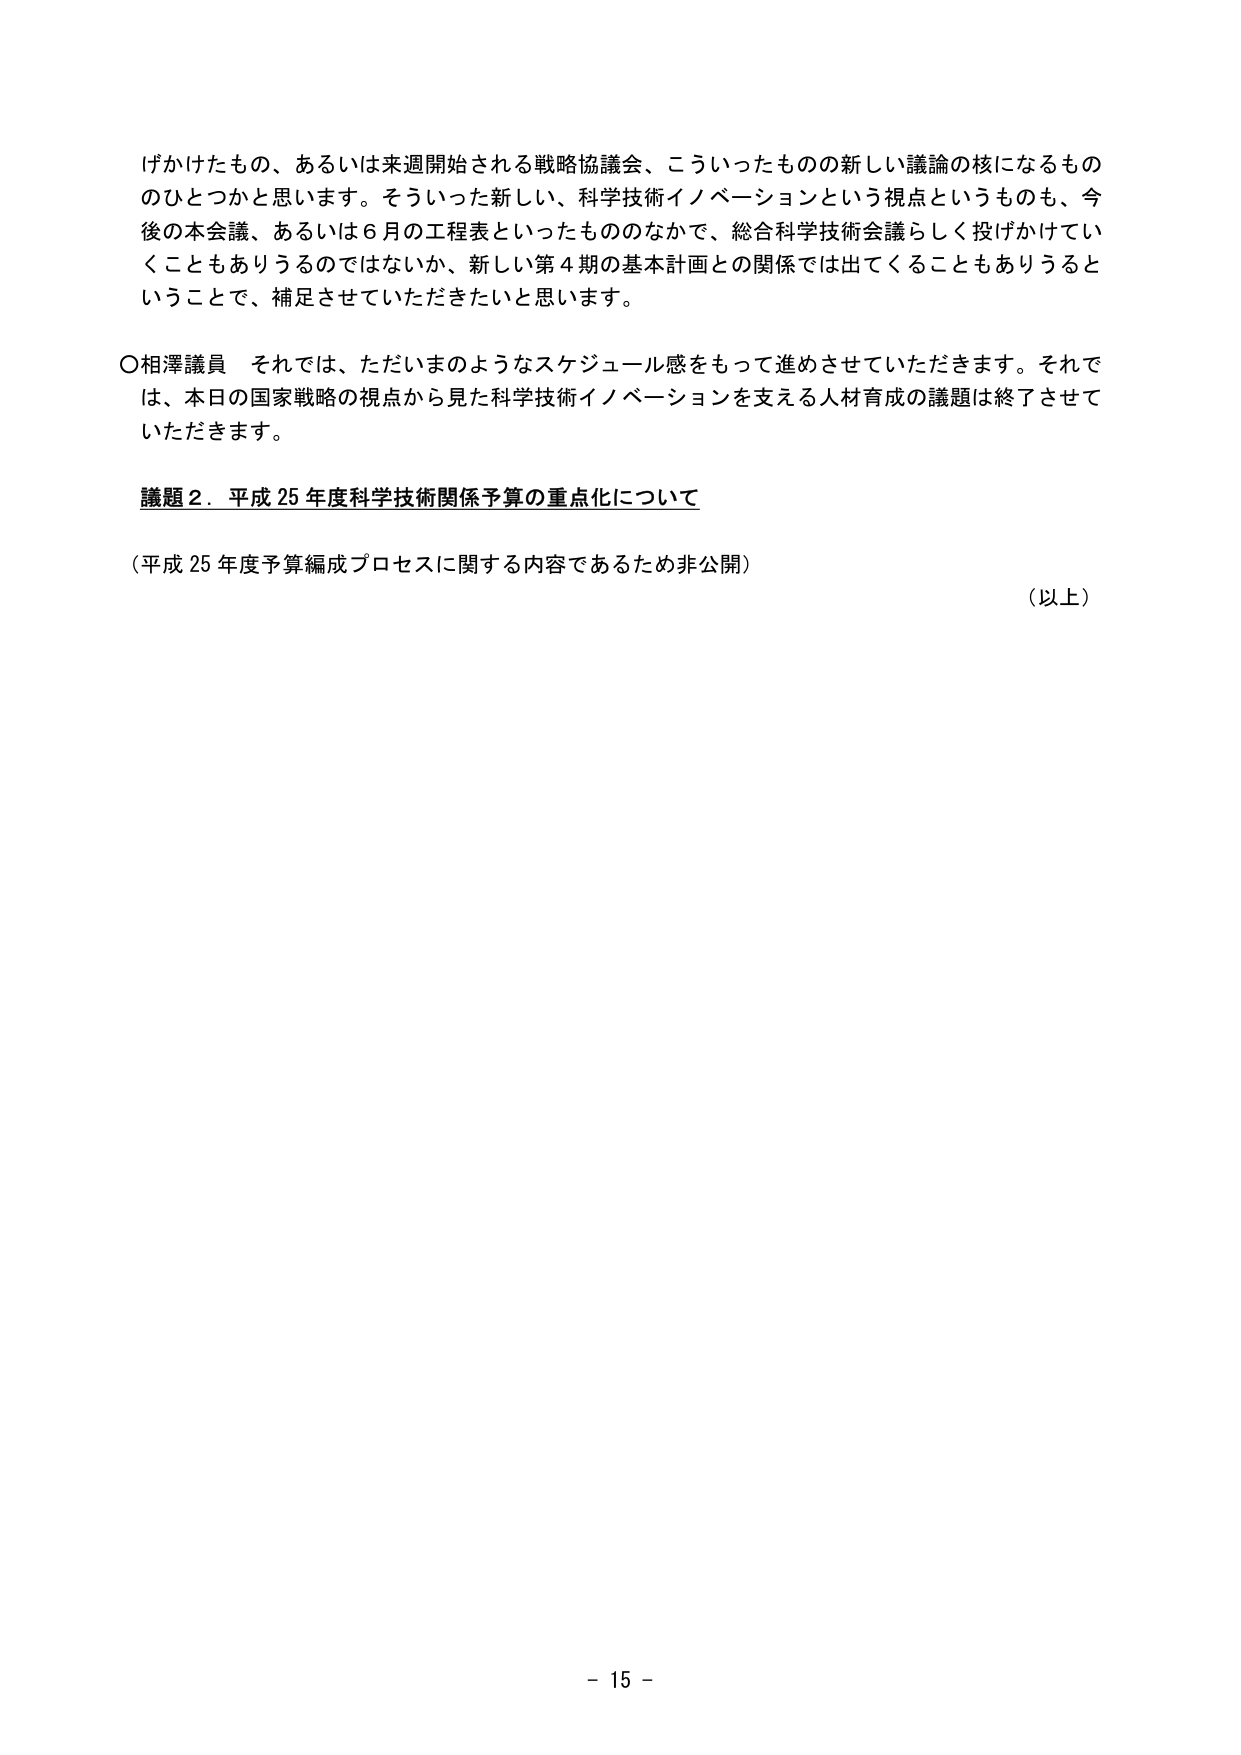
げかけたもの、あるいは来週開始される戦略協議会、こういったものの新しい議論の核になるもの
のひとつかと思います。そういった新しい、科学技術イノベーションという視点というのも、今
後の本会議、あるいは6月の工程表といったもののなかで、総合科学技術会議らしく投げかけてい
くこともありうるのではないか、新しい第4期の基本計画との関係では出てくることもありうると
いうことで、補足させていただきたいと思います。

○相澤議員　それでは、ただいまのようなスケジュール感をもって進めさせていただきます。それで
は、本日の国家戦略の視点から見た科学技術イノベーションを支える人材育成の議題は終了させて
いただきます。

議題2．平成25年度科学技術関係予算の重点化について

（平成25年度予算編成プロセスに関する内容であるため非公開）

（以上）

- 15 -